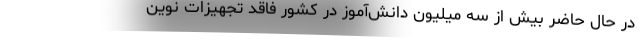
در حال حاضر بیش از سه میلیون دانش‌آموز در کشور فاقد تجهیزات نوین